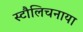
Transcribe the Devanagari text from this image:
स्टौलिचनाया